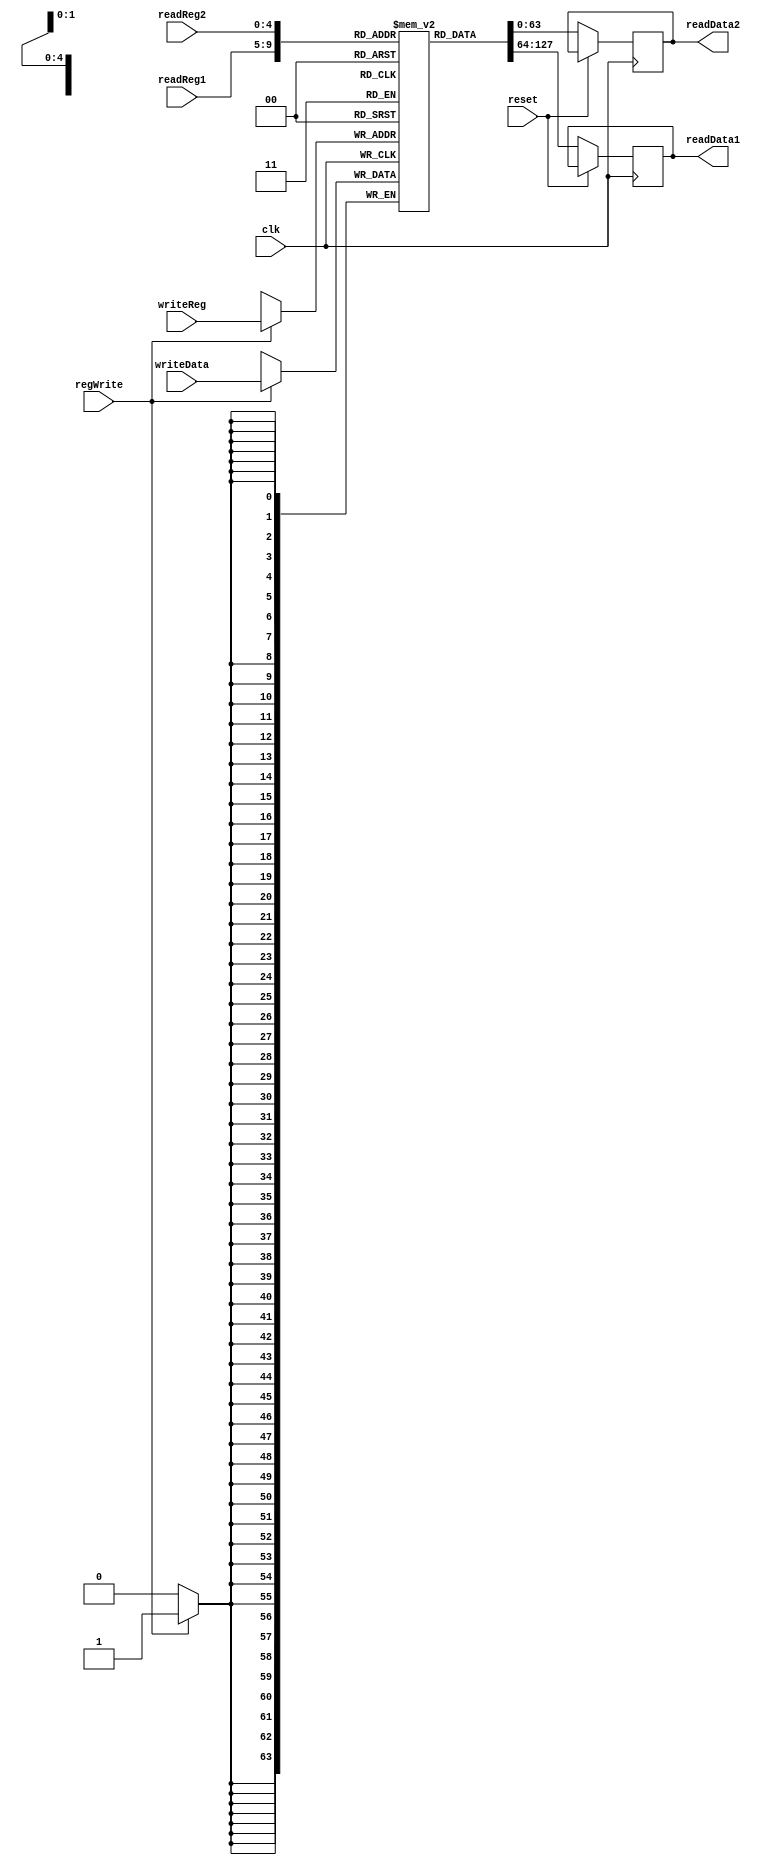

module regfile(clk, reset, regWrite, readReg1, readReg2, writeReg, writeData, readData1, readData2);
   input clk, regWrite, reset;
   input [4:0] readReg1, readReg2, writeReg;
   input [63:0] writeData;
   output reg [63:0] readData1, readData2;
   reg [63:0] regFile[0:31];
   
   //Initializing the registers
   integer i;
   initial
   begin     
     for(i=0; i<32; i= i+1)
     begin
        regFile[i] = i;     
     end     
   end

   always @(posedge clk)
   begin
        if(regWrite == 1) 
        begin
          regFile[writeReg] = writeData;
        end
   end
        
   //Read data
   always @(negedge clk) 
   begin
        if(reset == 0) 
        begin
           $display("\nEntered at neg edge");
           readData1 = regFile[readReg1];
           readData2 = regFile[readReg2];
        end
   end
   
   
   /*
   always @(readReg1) readData1 <= (readReg1 != 0) ? regFile[readReg1] : 0;
   always @(readReg2) readData2 <= (readReg2 != 0) ? regFile[readReg2] : 0;
   */
   
endmodule